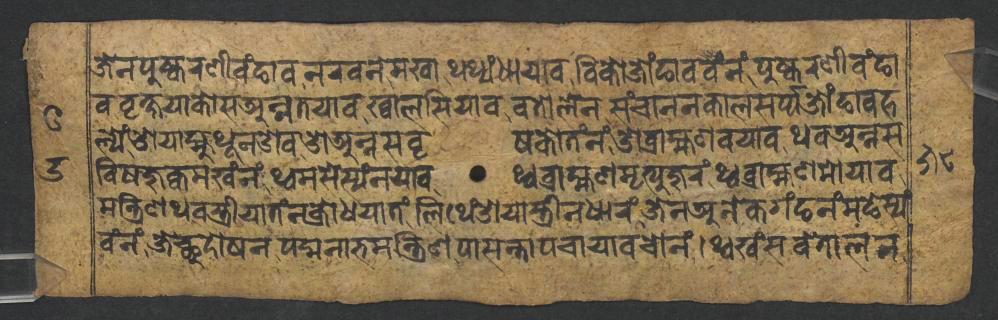
𑐖𑐾𑐣𑐥𑐸𑐲𑑂𑐎𑐬𑐞𑐷𑐰𑑄𑐒𑐵𑐰𑐣𑐬𑐰𑐣𑐾𑐩𑐏𑐵𑐠𑐠𑑂𑐫𑑄𑐢𑐵𑐫𑐵𑐰𑐧𑐶𑐎𑑀𑐖𑑀𑑄𑐒𑐵𑐰𑐰𑑄𑐣𑑄𑐥𑐸𑐲𑑂𑐎𑐬𑐞𑐷𑐰𑑄𑐒𑐵 𑐰𑐰𑐺𑐎𑑂𑐲𑐫𑐵𑐎𑑀𑐳𑐀𑐣𑑂𑐣𑐟𑐫𑐵𑐰𑐏𑑂𑐰𑐵𑐮𑐳𑐶𑐫𑐵𑐰𑐧𑐟𑑀𑐮𑐾𑐣𑐳𑑄𑐔𑐵𑐣𑐣𑐎𑐵𑐮𑐳𑐬𑑂𑐥𑑂𑐥𑐖𑑀𑑄𑐒𑐵𑐰𑐴 𑐮𑑂𑐫𑑄𑐌𑐫𑐵𑐩𑑂𑐴𑐸𑐠𑐹𑐣𑐌𑐰𑐌𑐀𑐣𑑂𑐣𑐳𑐰𑐺𑐲𑐎𑑀𑐟𑑄𑐣𑑄𑐌𑐧𑑂𑐬𑐵𑐴𑑂𑐩𑐞𑐰𑐫𑐵𑐰𑐠𑐰𑐀𑐣𑑂𑐣𑐳 𑐰𑐶𑐲𑐖𑐸𑐎𑑂𑐰𑐩𑐏𑑄𑐣𑑄𑐠𑑂𑐰𑐩𑐳𑐾𑐳𑑂𑐫𑑄𑐣𑐫𑐵𑐰𑐠𑑂𑐰𑐧𑑂𑐬𑐵𑐴𑑂𑐩𑐞𑐩𑐺𑐟𑑂𑐫𑐸𑐖𑐸𑐬𑑄𑐠𑑂𑐰𑐧𑑂𑐬𑐵𑐴𑑂𑐩𑐞𑐩𑑀𑐫𑐵𑐰 𑐩𑐣𑑂𑐟𑑂𑐬𑐶𑐣𑐠𑐰𑐳𑑂𑐟𑑂𑐬𑐷𑐫𑐵𑐟𑑄𑐣𑐎𑑂𑐬𑑀𑐢𑐫𑐵𑐟𑑄𑐮𑐶𑐠𑐾𑑄𑐌𑐫𑐵𑐳𑑂𑐟𑑂𑐬𑐷𑐣𑐢𑐵𑐬𑑄𑐖𑐾𑐣𑐀𑐣𑐾𑐎𑐐𑑄𑐒𑐣𑑄𑐩𑐒𑐾𑐳𑑂𑐫𑑄 𑐰𑑄𑐣𑑄𑐖𑐾𑐕𑐸𑐡𑑀𑐲𑐣𑐥𑐡𑑂𑐩𑐣𑐵𑐨𑐩𑐣𑑂𑐟𑑂𑐬𑐶𑐞𑐥𑐵𑐳𑐣𑑂𑐟𑐵𑐥𑐔𑐵𑐫𑐵𑐰𑐔𑑀𑐣𑑄𑐠𑑂𑐰𑐏𑑄𑐳𑐰𑐾𑐟𑐵𑐮𑐣